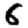
Digit: 6